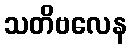
သတိဗလေန